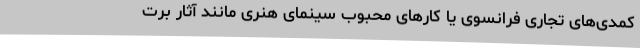
کمدی‌های تجاری فرانسوی یا کارهای محبوب سینمای هنری مانند آثار برت